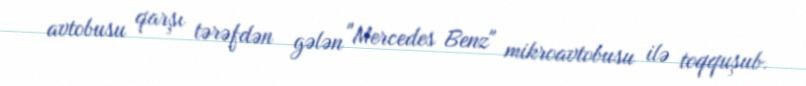
avtobusu qarşı tərəfdən gələn "Mercedes Benz" mikroavtobusu ilə toqquşub.